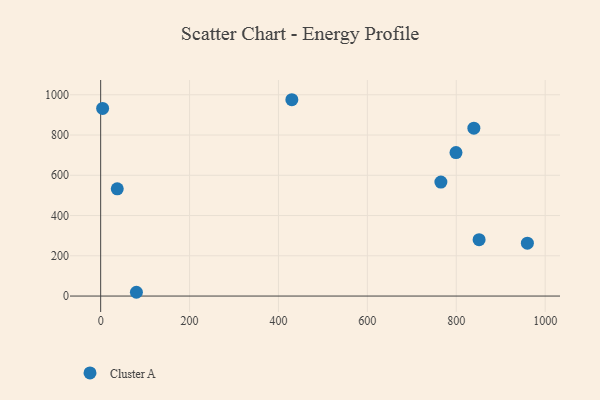
{"axis": {"x": "Investment", "y": "Demand"}, "legend": ["Cluster A"], "data": [{"x": "799.4", "y": 712.7, "type": "Cluster A"}, {"x": "80.4", "y": 18.8, "type": "Cluster A"}, {"x": "37.3", "y": 532.7, "type": "Cluster A"}, {"x": "765.4", "y": 566.2, "type": "Cluster A"}, {"x": "4.4", "y": 932.0, "type": "Cluster A"}, {"x": "839.6", "y": 834.2, "type": "Cluster A"}, {"x": "430.1", "y": 975.4, "type": "Cluster A"}, {"x": "851.4", "y": 279.9, "type": "Cluster A"}, {"x": "960.0", "y": 262.6, "type": "Cluster A"}]}